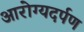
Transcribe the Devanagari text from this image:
आरोग्यदर्पण